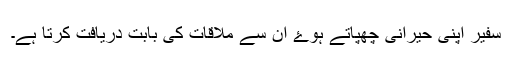
سفیر اپنی حیرانی چھپاتے ہوۓ ان سے ملاقات کی بابت دریافت کرتا ہے۔